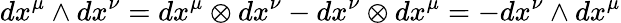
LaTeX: dx^{\mu}\wedge dx^{\nu}=dx^{\mu}\otimes dx^{\nu}-dx^{\nu}\otimes dx^{\mu}=-dx^{\nu}\wedge dx^{\mu}